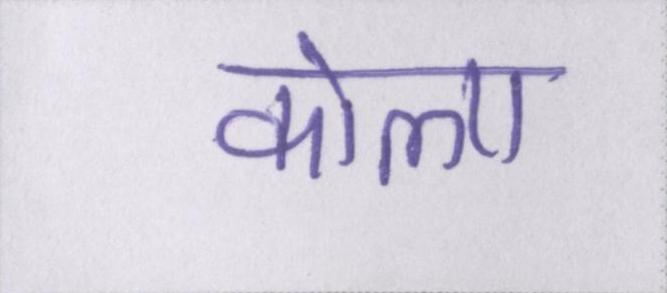
कोला